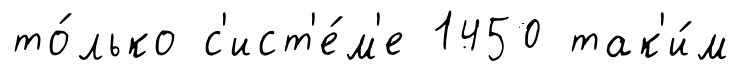
то́лько с'ист'е́м'е 1450 так'и́м